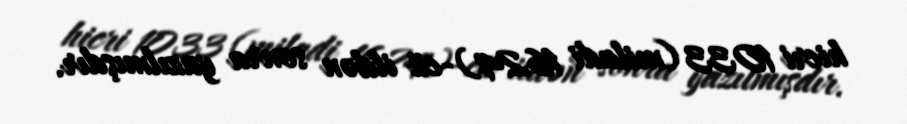
hicri 1033 (miladi 1624)-cü ildən sonra yazılmışdır.